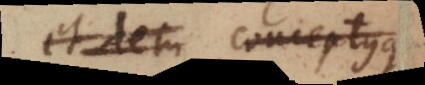
et dem conceptusque